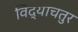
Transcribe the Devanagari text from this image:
विद्याचतुर